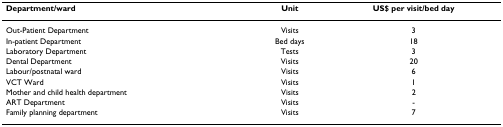
<table><thead><tr><td><b>Department/ward</b></td><td><b>Unit</b></td><td><b>US$ per visit/bed day</b></td></tr></thead><tbody><tr><td>Out-Patient Department</td><td>Visits</td><td>3</td></tr><tr><td>In-patient Department</td><td>Bed days</td><td>18</td></tr><tr><td>Laboratory Department</td><td>Tests</td><td>3</td></tr><tr><td>Dental Department</td><td>Visits</td><td>20</td></tr><tr><td>Labour/postnatal ward</td><td>Visits</td><td>6</td></tr><tr><td>VCT Ward</td><td>Visits</td><td>1</td></tr><tr><td>Mother and child health department</td><td>Visits</td><td>2</td></tr><tr><td>ART Department</td><td>Visits</td><td>-</td></tr><tr><td>Family planning department</td><td>Visits</td><td>7</td></tr></tbody></table>